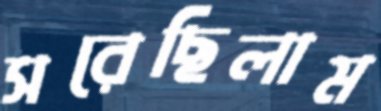
সরেছিলাম